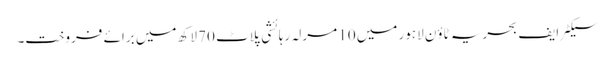
سیکٹر ایف بحریہ ٹاؤن لاہور میں 10 مرلہ رہائشی پلاٹ 70 لاکھ میں برائے فروخت۔